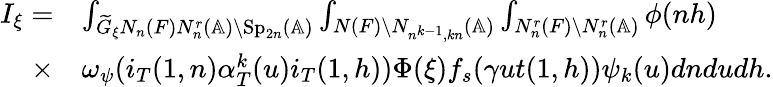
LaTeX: \begin{array}{rl}{I_{\xi}=}&{\int_{\widetilde{G}_{\xi}N_{n}(F)N_{n}^{r}(\mathbb{A})\backslash\mathrm{Sp}_{2n}(\mathbb{A})}\int_{N(F)\backslash N_{n^{k-1},kn}(\mathbb{A})}\int_{N_{n}^{r}(F)\backslash N_{n}^{r}(\mathbb{A})}\phi(nh)}\\ {\times}&{\omega_{\psi}(i_{T}(1,n)\alpha_{T}^{k}(u)i_{T}(1,h))\Phi(\xi)f_{s}(\gamma ut(1,h))\psi_{k}(u)dndudh.}\end{array}